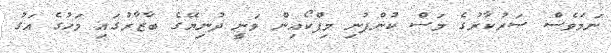
ނަމަވެސް ސަރުކާރުގެ މަސް ކުންފުނި މިފްކޯއިން ވަނީ ދުނިޔޭގެ ބާޒާރުގައި މަހުގެ އަގު